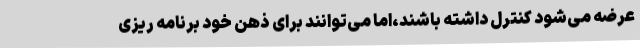
عرضه می‌شود کنترل داشته باشند،اما می‌توانند برای ذهن خود برنامه ریزی